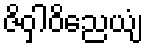
ဇိဝှါဝိညေယျံ